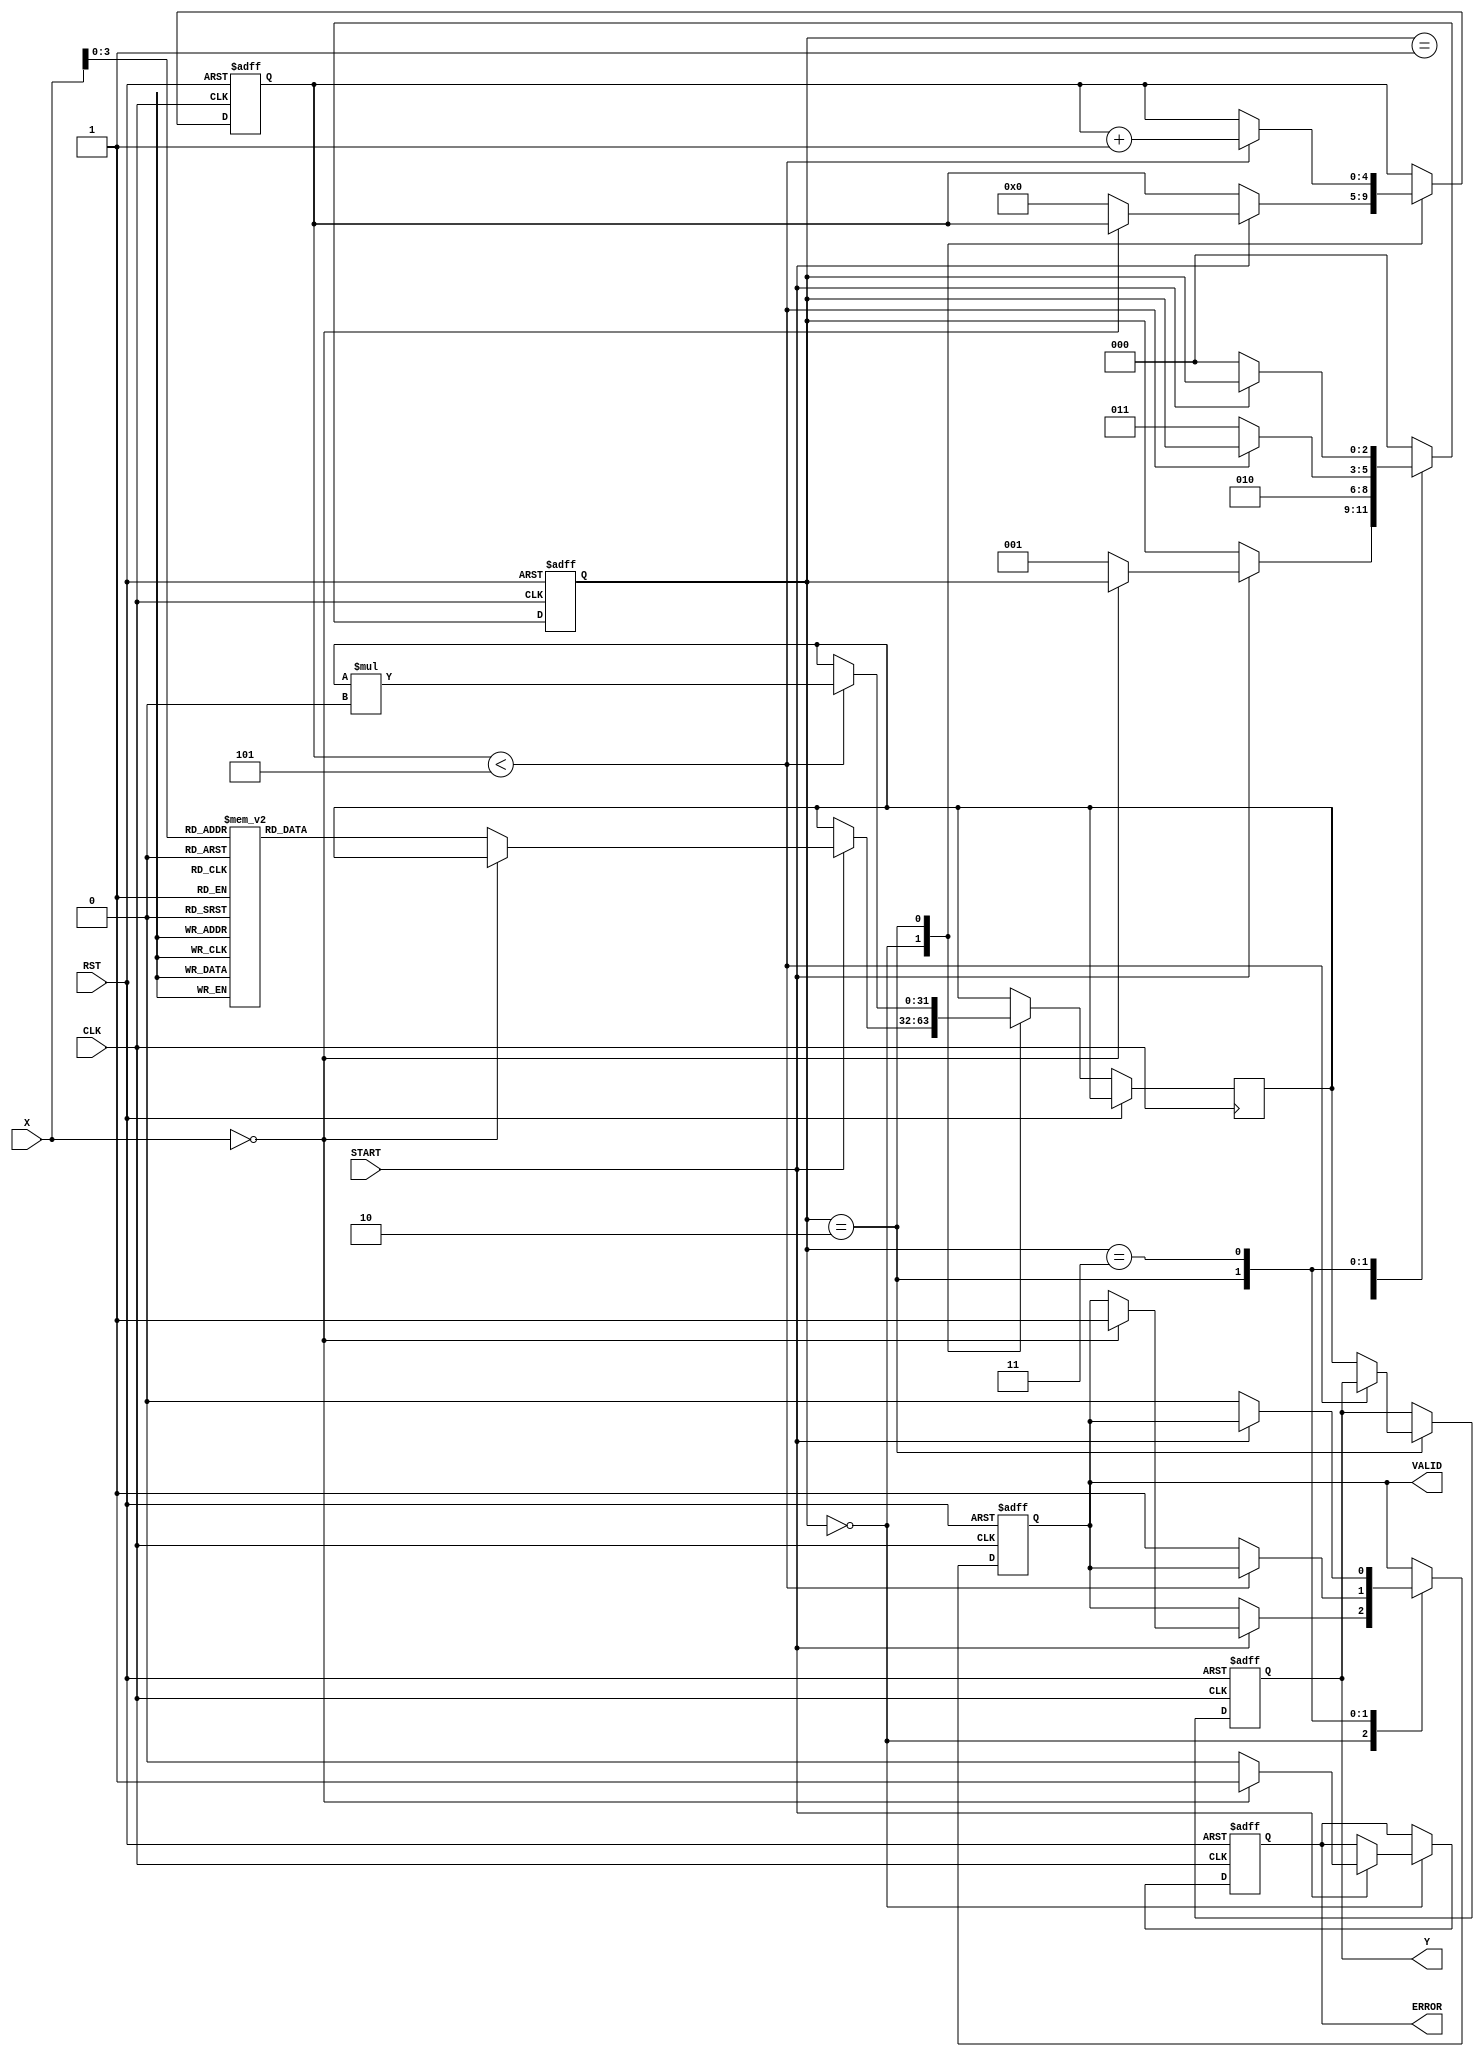
module ReciprocalUnit #(
    parameter N = 32,        // Bit-width for input and output
    parameter ITERATIONS = 5 // Number of Newton-Raphson iterations
)(
    input wire [N-1:0] X,    // Input data
    input wire START,         // Control signal to start computation
    input wire RST,           // Asynchronous reset signal
    input wire CLK,           // Clock signal
    output reg [N-1:0] Y,     // Reciprocal result
    output reg VALID,         // Output valid signal
    output reg ERROR          // Error signal
);

    reg [N-1:0] x_reg;        // Register to hold input value
    reg [N-1:0] r_guess;      // Initial guess for reciprocal
    reg [2:0] state;          // State variable
    reg [4:0] count;          // Iteration count for Newton-Raphson

    localparam IDLE        = 3'b000;
    localparam LATCH_INPUT = 3'b001;
    localparam COMPUTE     = 3'b010;
    localparam OUTPUT       = 3'b011;

    // Lookup table for initial guesses (for simplicity, reduced size)
    reg [N-1:0] lut [0:15]; // Assuming we compute for values 0.0 to 1.0 in fixed-point

    initial begin
        // Initialize LUT with some reciprocal approximations
        lut[0] = 32'hFFFFFFFF; // Approx for 0 (error)
        lut[1] = 32'h80000000; // Approx for 1
        lut[2] = 32'h40000000; // Approx for 0.5
        lut[3] = 32'h33333333; // Approx for 0.3333
        lut[4] = 32'h2AAAAAAA; // Approx for 0.2
        lut[5] = 32'h20000000; // Approx for 0.1
        // More values can be added...
    end

    always @(posedge CLK or posedge RST) begin
        if (RST) begin
            Y <= 0;
            VALID <= 0;
            ERROR <= 0;
            state <= IDLE;
            count <= 0;
        end else begin
            case (state)
                IDLE: begin
                    if (START) begin
                        x_reg <= X;
                        if (X == 0) begin
                            ERROR <= 1; // Division by zero error
                            VALID <= 1; // Mark valid output with error
                        end else begin
                            ERROR <= 0;
                            r_guess <= lut[X[N-1:0]]; // Get initial guess from LUT
                            count <= 0;
                            state <= LATCH_INPUT;
                        end
                    end
                end

                LATCH_INPUT: begin
                    state <= COMPUTE;
                end

                COMPUTE: begin
                    if (count < ITERATIONS) begin
                        // Newton-Raphson iteration: r_next = r_guess * (2 - X * r_guess)
                        r_guess <= r_guess * (2**N - (X * r_guess) >> N);
                        count <= count + 1;
                    end else begin
                        Y <= r_guess; // Store the final result
                        VALID <= 1;   // Indicate output is valid
                        state <= OUTPUT; // Move to output state
                    end
                end

                OUTPUT: begin
                    if (!START) begin // Reset on START signal deactivation
                        VALID <= 0; // Invalidate output
                        state <= IDLE; // Go back to idle state
                    end
                end

                default: state <= IDLE; // Safety default
            endcase
        end
    end
endmodule